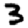
Digit: 3